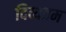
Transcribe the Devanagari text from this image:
दिव्यतम